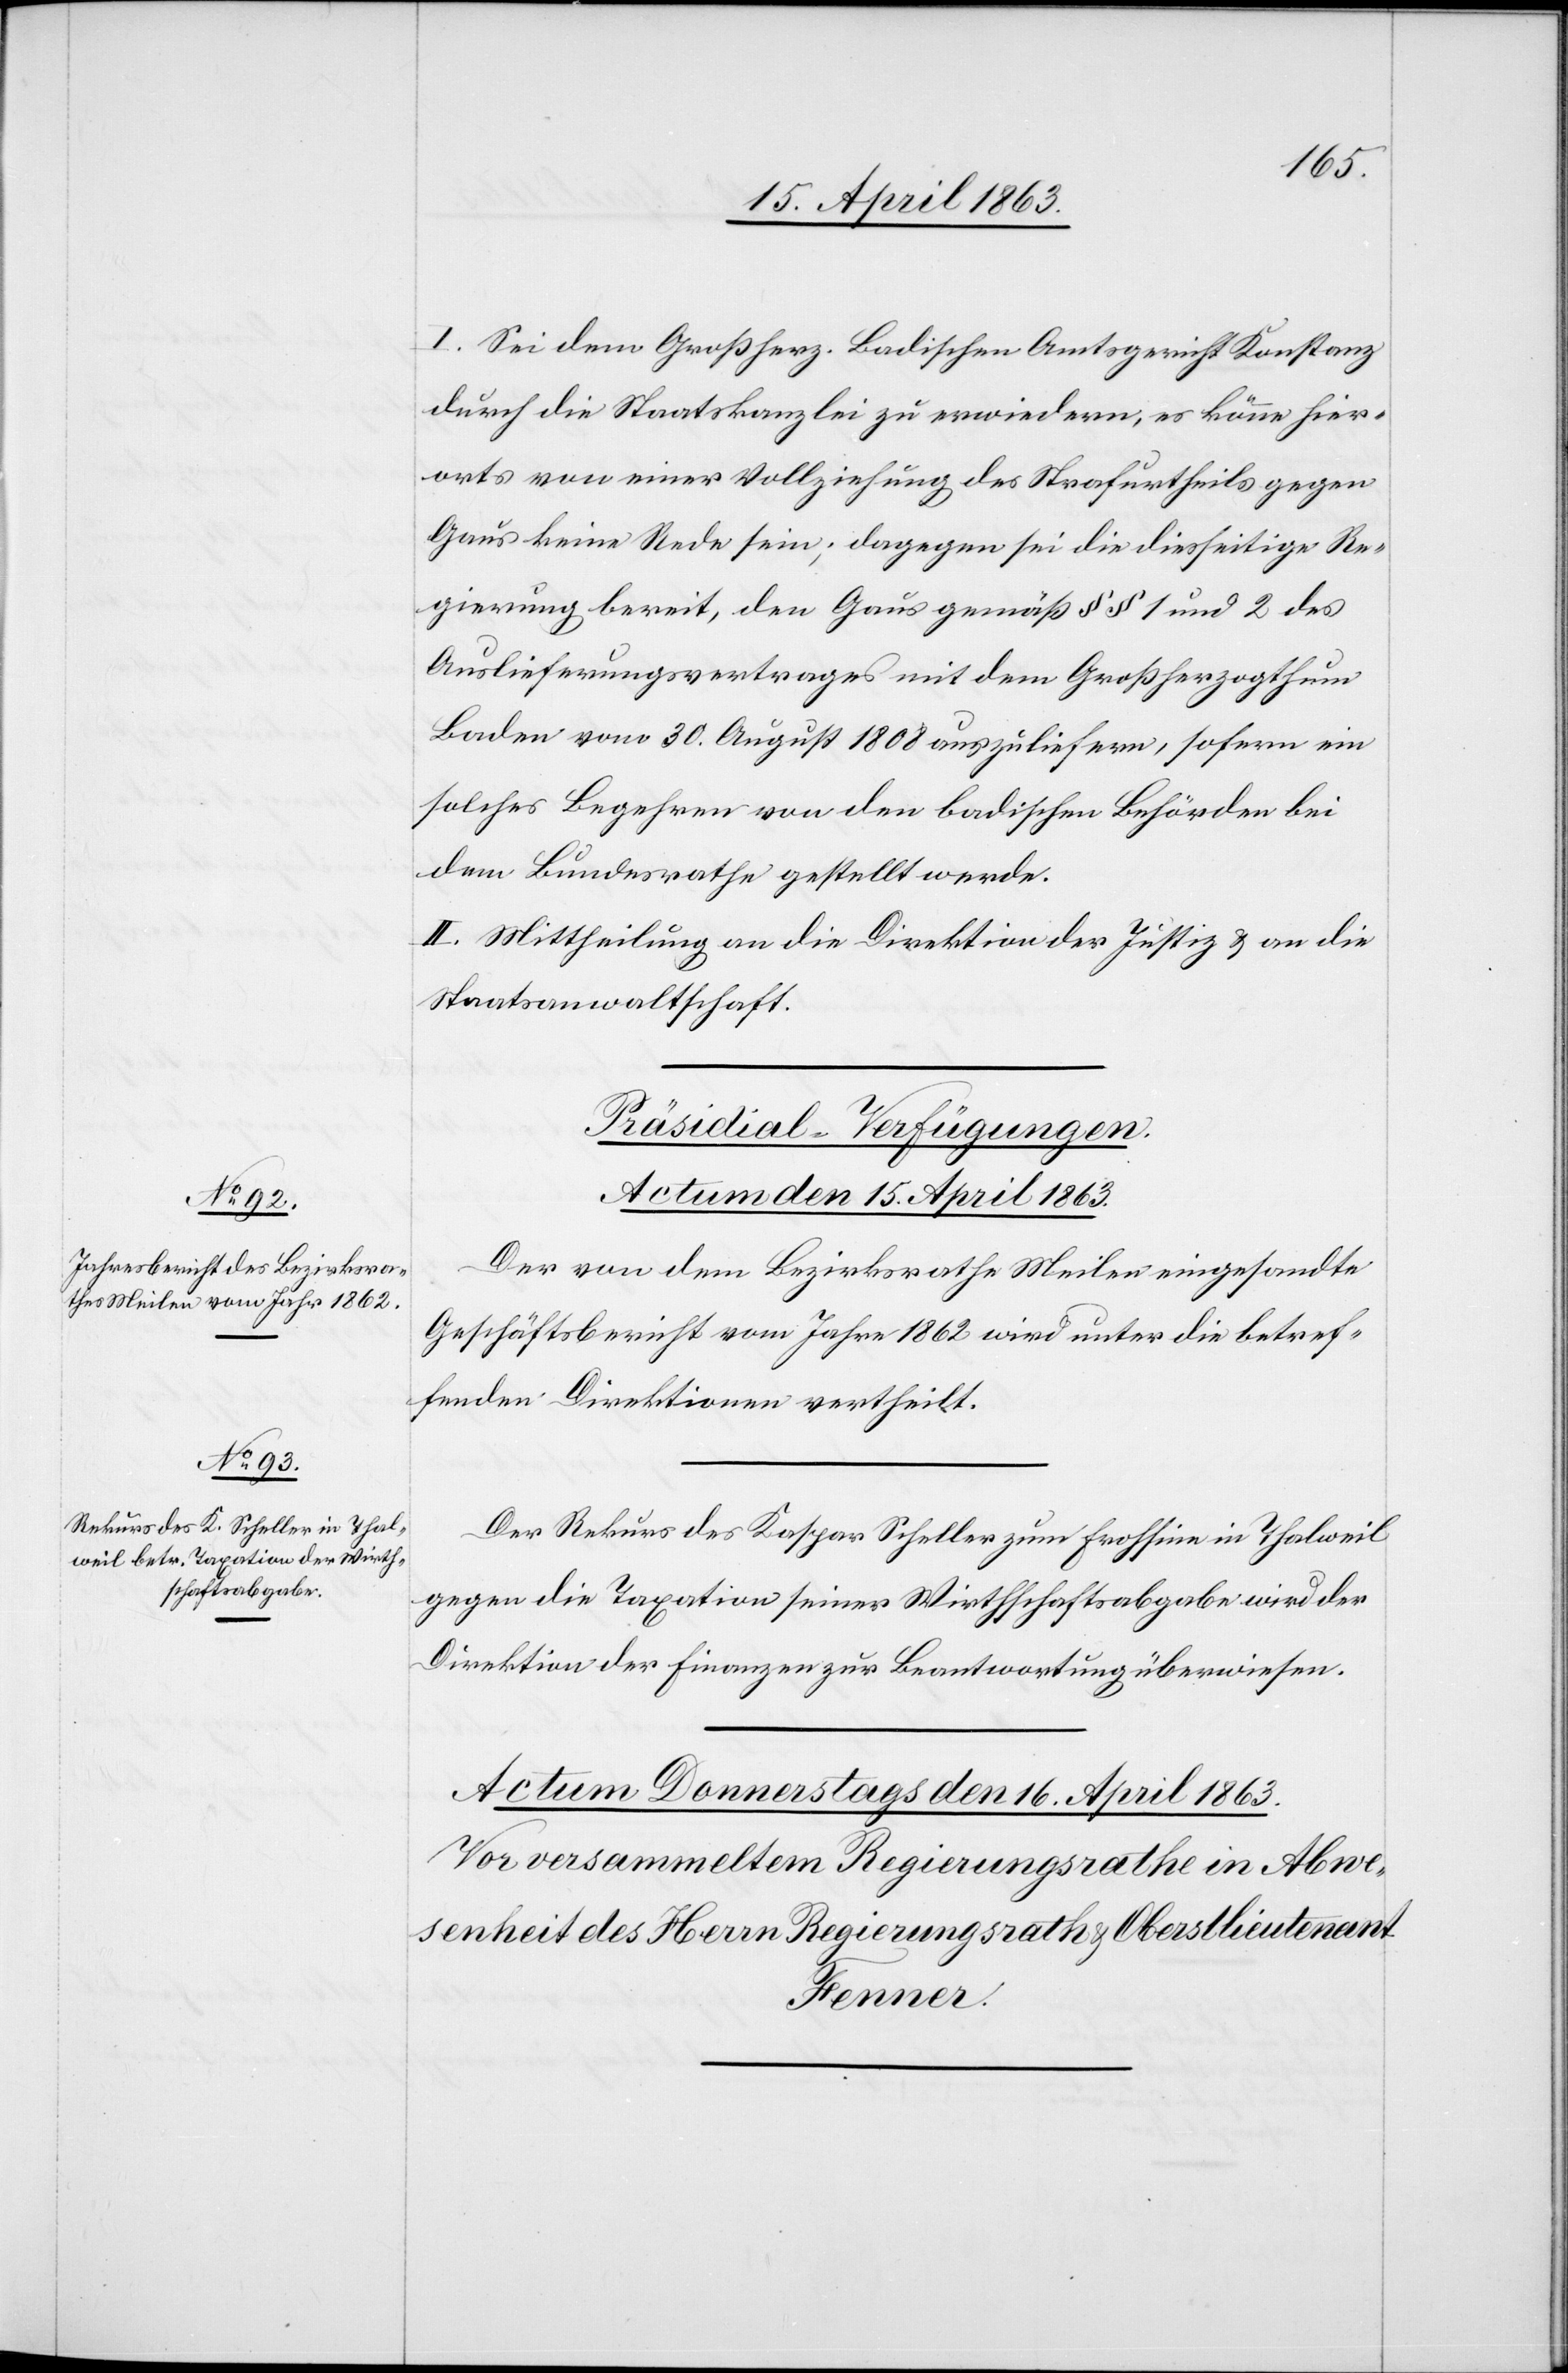
I. Sei dem Großherz. Badischen Amtsgericht Konstanz
durch die Staatskanzlei zu erwiedern, es könne hier¬
orts von einer Vollziehung des Strafurtheils gegen
Gaus keine Rede sein; dagegen sei die diesseitige Re¬
gierung bereit, den Gaus gemäß §§ 1 und 2 des
Auslieferungsvertrages mit dem Großherzogthum
Baden vom 30. August 1808 auszuliefern, sofern ein
solches Begehren von den badischen Behörden bei
dem Bundesrathe gestellt werde.
II. Mittheilung an die Direktion der Justiz & an die
Staatsanwaltschaft.
[Präsidial-Verfügungen.
Actum den 15. April 1863.]
Der von dem Bezirksrathe Meilen eingesandte
Geschäftsbericht vom Jahre 1862 wird unter die betref¬
fenden Direktionen vertheilt.
Der Rekurs des Kaspar Scheller zum Frohsinn in Thalweil
gegen die Taxation seiner Wirthschaftsabgabe wird der
Direktion der Finanzen zur Beantwortung überwiesen.